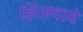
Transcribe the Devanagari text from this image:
झिजवावे